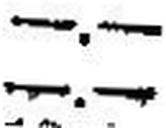
—.—